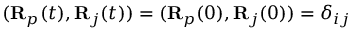
( { \bf R } _ { p } ( t ) , { \bf R } _ { j } ( t ) ) = ( { \bf R } _ { p } ( 0 ) , { \bf R } _ { j } ( 0 ) ) = \delta _ { i j }